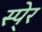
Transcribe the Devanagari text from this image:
स्पे्र